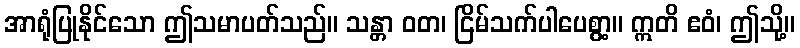
အာရုံပြုနိုင်သော ဤသမာပတ်သည်။ သန္တာ ဝတ၊ ငြိမ်သက်ပါပေစွာ့။ ဣတိ ဧဝံ၊ ဤသို့။